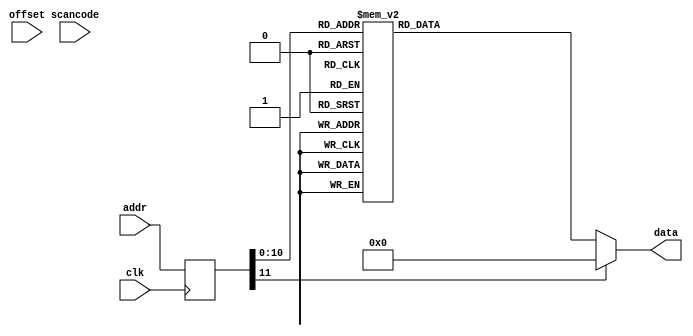
// *************************************************************
// Created by David J. Marion aka FPGA Dude
// A ROM containing patterns for ASCII values.
//
// Non-printable characters 00 - 1f, and 7f
// Printable characters 20 - 7e
//
// Not all character ROMs have been patterned.
// Only numbers, capital letters, some spec chars. 
//		Numbers       30 - 39
//   	Letters       41 - 5a 
//      (smiley face)   01
//		(space)         20
//		   .            2e
// 		   :            3a
//		   |	        7c	
//
// The 7-bit ASCII code for each character is used as
// the MSB of the address. The 4-bit LSB is the row value.
// *************************************************************

module ascii_rom(
	input clk, 
	input wire [11:0] addr,
	input [6:0] offset,
	input [7:0] scancode,
	output reg [7:0] data
	);

	(* rom_style = "block" *)	// Infer BRAM

	reg [11:0] addr_reg;
	
	always @(posedge clk)
		addr_reg <= addr;
		
	always @*
		case(addr_reg)
			// Begin non-printable ASCII characters (00 - 1f)
			// code x00 (nul) null byte, which is the all-zero pattern
			default: data = 8'b00000000; //default
			
						// code x21 (!)
			11'h210: data = 8'b00000000;	//
			11'h211: data = 8'b00000000;	//
			11'h212: data = 8'b00000000;	//
			11'h213: data = 8'b00011000;	//   **
			11'h214: data = 8'b00011000;	//   **
			11'h215: data = 8'b00011000;	//   **
			11'h216: data = 8'b00011000;	//   **
			11'h217: data = 8'b00011000;	//   **
			11'h218: data = 8'b00011000;	//   **
			11'h219: data = 8'b00000000;	//
			11'h21a: data = 8'b00011000;	//   **
			11'h21b: data = 8'b00011000;	//   **
			11'h21c: data = 8'b00000000;	//
			11'h21d: data = 8'b00000000;	//
			11'h21e: data = 8'b00000000;	//
			11'h21f: data = 8'b00000000;
			
			
			// code x30 (0)
			11'h300: data = 8'b00000000;	//
			11'h301: data = 8'b00000000;	//
			11'h302: data = 8'b00111000;	//  ***  
			11'h303: data = 8'b01101100;	// ** **
			11'h304: data = 8'b11000110;	//**   **
			11'h305: data = 8'b11000110;	//**   **
			11'h306: data = 8'b11000110;	//**   **
			11'h307: data = 8'b11000110;	//**   **
			11'h308: data = 8'b11000110;	//**   **
			11'h309: data = 8'b11000110;	//**   **
			11'h30a: data = 8'b01101100;	// ** **
			11'h30b: data = 8'b00111000;	//  ***
			11'h30c: data = 8'b00000000;	//
			11'h30d: data = 8'b00000000;	//
			11'h30e: data = 8'b00000000;	//
			11'h30f: data = 8'b00000000;	//
			// code x31 (1)
			11'h310: data = 8'b00000000;	//
			11'h311: data = 8'b00000000;	//
			11'h312: data = 8'b00011000;	//   **  
			11'h313: data = 8'b00111000;	//  ***
			11'h314: data = 8'b01111000;	// ****
			11'h315: data = 8'b00011000;	//   **
			11'h316: data = 8'b00011000;	//   **
			11'h317: data = 8'b00011000;	//   **
			11'h318: data = 8'b00011000;	//   **
			11'h319: data = 8'b00011000;	//   **
			11'h31a: data = 8'b01111110;	// ******
			11'h31b: data = 8'b01111110;	// ******
			11'h31c: data = 8'b00000000;	//
			11'h31d: data = 8'b00000000;	//
			11'h31e: data = 8'b00000000;	//
			11'h31f: data = 8'b00000000;	//
			// code x32 (2)
			11'h320: data = 8'b00000000;	//
			11'h321: data = 8'b00000000;	//
			11'h322: data = 8'b11111110;	//*******  
			11'h323: data = 8'b11111110;	//*******
			11'h324: data = 8'b00000110;	//     **
			11'h325: data = 8'b00000110;	//     **
			11'h326: data = 8'b11111110;	//*******
			11'h327: data = 8'b11111110;	//*******
			11'h328: data = 8'b11000000;	//**
			11'h329: data = 8'b11000000;	//**
			11'h32a: data = 8'b11111110;	//*******
			11'h32b: data = 8'b11111110;	//*******
			11'h32c: data = 8'b00000000;	//
			11'h32d: data = 8'b00000000;	//
			11'h32e: data = 8'b00000000;	//
			11'h32f: data = 8'b00000000;	//
			// code x33 (3)
			11'h330: data = 8'b00000000;	//
			11'h331: data = 8'b00000000;	//
			11'h332: data = 8'b11111110;	//*******  
			11'h333: data = 8'b11111110;	//*******
			11'h334: data = 8'b00000110;	//     **
			11'h335: data = 8'b00000110;	//     **
			11'h336: data = 8'b00111110;	//  *****
			11'h337: data = 8'b00111110;	//  *****
			11'h338: data = 8'b00000110;	//     **
			11'h339: data = 8'b00000110;	//     **
			11'h33a: data = 8'b11111110;	//*******
			11'h33b: data = 8'b11111110;	//*******
			11'h33c: data = 8'b00000000;	//
			11'h33d: data = 8'b00000000;	//
			11'h33e: data = 8'b00000000;	//
			11'h33f: data = 8'b00000000;	//
			// code x34 (4)
			11'h340: data = 8'b00000000;	//
			11'h341: data = 8'b00000000;	//
			11'h342: data = 8'b11000110;	//**   **  
			11'h343: data = 8'b11000110;	//**   **
			11'h344: data = 8'b11000110;	//**   **
			11'h345: data = 8'b11000110;	//**   **
			11'h346: data = 8'b11111110;	//*******
			11'h347: data = 8'b11111110;	//*******
			11'h348: data = 8'b00000110;	//     **
			11'h349: data = 8'b00000110;	//     **
			11'h34a: data = 8'b00000110;	//     **
			11'h34b: data = 8'b00000110;	//     **
			11'h34c: data = 8'b00000000;	//
			11'h34d: data = 8'b00000000;	//
			11'h34e: data = 8'b00000000;	//
			11'h34f: data = 8'b00000000;	//
			// code x35 (5)
			11'h350: data = 8'b00000000;	//
			11'h351: data = 8'b00000000;	//
			11'h352: data = 8'b11111110;	//*******  
			11'h353: data = 8'b11111110;	//*******
			11'h354: data = 8'b11000000;	//**
			11'h355: data = 8'b11000000;	//**
			11'h356: data = 8'b11111110;	//*******
			11'h357: data = 8'b11111110;	//*******
			11'h358: data = 8'b00000110;	//     **
			11'h359: data = 8'b00000110;	//     **
			11'h35a: data = 8'b11111110;	//*******
			11'h35b: data = 8'b11111110;	//*******
			11'h35c: data = 8'b00000000;	//
			11'h35d: data = 8'b00000000;	//
			11'h35e: data = 8'b00000000;	//
			11'h35f: data = 8'b00000000;	//
			// code x36 (6)
			11'h360: data = 8'b00000000;	//
			11'h361: data = 8'b00000000;	//
			11'h362: data = 8'b11111110;	//*******  
			11'h363: data = 8'b11111110;	//*******
			11'h364: data = 8'b11000000;	//**
			11'h365: data = 8'b11000000;	//**
			11'h366: data = 8'b11111110;	//*******
			11'h367: data = 8'b11111110;	//*******
			11'h368: data = 8'b11000110;	//**   **
			11'h369: data = 8'b11000110;	//**   **
			11'h36a: data = 8'b11111110;	//*******
			11'h36b: data = 8'b11111110;	//*******
			11'h36c: data = 8'b00000000;	//
			11'h36d: data = 8'b00000000;	//
			11'h36e: data = 8'b00000000;	//
			11'h36f: data = 8'b00000000;	//
			// code x37 (7)
			11'h370: data = 8'b00000000;	//
			11'h371: data = 8'b00000000;	//
			11'h372: data = 8'b11111110;	//*******  
			11'h373: data = 8'b11111110;	//*******
			11'h374: data = 8'b00000110;	//     **
			11'h375: data = 8'b00000110;	//     **
			11'h376: data = 8'b00000110;	//     **
			11'h377: data = 8'b00000110;	//     **
			11'h378: data = 8'b00000110;	//     **
			11'h379: data = 8'b00000110;	//     **
			11'h37a: data = 8'b00000110;	//     **
			11'h37b: data = 8'b00000110;	//     **
			11'h37c: data = 8'b00000000;	//
			11'h37d: data = 8'b00000000;	//
			11'h37e: data = 8'b00000000;	//
			11'h37f: data = 8'b00000000;	//
			// code x38 (8)
			11'h380: data = 8'b00000000;	//
			11'h381: data = 8'b00000000;	//
			11'h382: data = 8'b11111110;	//*******  
			11'h383: data = 8'b11111110;	//*******
			11'h384: data = 8'b11000110;	//**   **
			11'h385: data = 8'b11000110;	//**   **
			11'h386: data = 8'b11111110;	//*******
			11'h387: data = 8'b11111110;	//*******
			11'h388: data = 8'b11000110;	//**   **
			11'h389: data = 8'b11000110;	//**   **
			11'h38a: data = 8'b11111110;	//*******
			11'h38b: data = 8'b11111110;	//*******
			11'h38c: data = 8'b00000000;	//
			11'h38d: data = 8'b00000000;	//
			11'h38e: data = 8'b00000000;	//
			11'h38f: data = 8'b00000000;	//
			// code x39 (9)
			11'h390: data = 8'b00000000;	//
			11'h391: data = 8'b00000000;	//
			11'h392: data = 8'b11111110;	//*******  
			11'h393: data = 8'b11111110;	//*******
			11'h394: data = 8'b11000110;	//**   **
			11'h395: data = 8'b11000110;	//**   **
			11'h396: data = 8'b11111110;	//*******
			11'h397: data = 8'b11111110;	//*******
			11'h398: data = 8'b00000110;	//     **
			11'h399: data = 8'b00000110;	//     **
			11'h39a: data = 8'b11111110;	//*******
			11'h39b: data = 8'b11111110;	//*******
			11'h39c: data = 8'b00000000;	//
			11'h39d: data = 8'b00000000;	//
			11'h39e: data = 8'b00000000;	//
			11'h39f: data = 8'b00000000;	//
			
			// code x41 (A)
			11'h410: data = 8'b00000000;	//
			11'h411: data = 8'b00000000;	//
			11'h412: data = 8'b00010000;	//   *
			11'h413: data = 8'b00111000;	//  ***
			11'h414: data = 8'b01101100;	// ** **   
			11'h415: data = 8'b11000110;	//**   **   
			11'h416: data = 8'b11000110;	//**   **
			11'h417: data = 8'b11111110;	//*******
			11'h418: data = 8'b11111110;	//*******
			11'h419: data = 8'b11000110;	//**   **
			11'h41a: data = 8'b11000110;	//**   **
			11'h41b: data = 8'b11000110;	//**   **
			11'h41c: data = 8'b00000000;	//
			11'h41d: data = 8'b00000000;	//
			11'h41e: data = 8'b00000000;	//
			11'h41f: data = 8'b00000000;	//
			
			// code x42 (B)
			11'h420: data = 8'b00000000;	//
			11'h421: data = 8'b00000000;	//
			11'h422: data = 8'b11111100;	//******
			11'h423: data = 8'b11111110;	//*******
			11'h424: data = 8'b11000110;	//**   **
			11'h425: data = 8'b11000110;	//**   **   
			11'h426: data = 8'b11111100;	//******
			11'h427: data = 8'b11111100;	//******
			11'h428: data = 8'b11000110;	//**   **
			11'h429: data = 8'b11000110;	//**   **
			11'h42a: data = 8'b11111110;	//*******
			11'h42b: data = 8'b11111100;	//******
			11'h42c: data = 8'b00000000;	//
			11'h42d: data = 8'b00000000;	//
			11'h42e: data = 8'b00000000;	//
			11'h42f: data = 8'b00000000;	//
			
			// code x45 (E)
			11'h450: data = 8'b00000000;	//
			11'h451: data = 8'b00000000;	//
			11'h452: data = 8'b11111110;	//*******
			11'h453: data = 8'b11111110;	//*******
			11'h454: data = 8'b11000000;	//**
			11'h455: data = 8'b11000000;	//**   
			11'h456: data = 8'b11111100;	//******
			11'h457: data = 8'b11111100;	//******
			11'h458: data = 8'b11000000;	//** 
			11'h459: data = 8'b11000000;	//** 
			11'h45a: data = 8'b11111110;	//*******
			11'h45b: data = 8'b11111110;	//*******
			11'h45c: data = 8'b00000000;	//
			11'h45d: data = 8'b00000000;	//
			11'h45e: data = 8'b00000000;	//
			11'h45f: data = 8'b00000000;	//
			
			// code x47 (G)
			11'h470: data = 8'b00000000;	//
			11'h471: data = 8'b00000000;	//
			11'h472: data = 8'b01111100;	// *****
			11'h473: data = 8'b11111110;	//*******
			11'h474: data = 8'b11000000;	//**
			11'h475: data = 8'b11000000;	//**   
			11'h476: data = 8'b11111110;	//*******
			11'h477: data = 8'b11111110;	//*******
			11'h478: data = 8'b11000110;	//**   **
			11'h479: data = 8'b11000110;	//**   **
			11'h47a: data = 8'b11111110;	//*******
			11'h47b: data = 8'b01110110;	// *** **
			11'h47c: data = 8'b00000000;	//
			11'h47d: data = 8'b00000000;	//
			11'h47e: data = 8'b00000000;	//
			11'h47f: data = 8'b00000000;	//
			
						// code x48 (H)
			11'h480: data = 8'b00000000;	//
			11'h481: data = 8'b00000000;	//
			11'h482: data = 8'b11000110;	//**   **
			11'h483: data = 8'b11000110;	//**   **
			11'h484: data = 8'b11000110;	//**   **
			11'h485: data = 8'b11000110;	//**   **
			11'h486: data = 8'b11111110;	//*******
			11'h487: data = 8'b11111110;	//*******
			11'h488: data = 8'b11000110;	//**   **
			11'h489: data = 8'b11000110;	//**   **
			11'h48a: data = 8'b11000110;	//**   **
			11'h48b: data = 8'b11000110;	//**   **
			11'h48c: data = 8'b00000000;	//
			11'h48d: data = 8'b00000000;	//
			11'h48e: data = 8'b00000000;	//
			11'h48f: data = 8'b00000000;	//
			// code x49 (I)
			11'h490: data = 8'b00000000;	//
			11'h491: data = 8'b00000000;	//
			11'h492: data = 8'b11111110;	//*******
			11'h493: data = 8'b11111110;	//*******
			11'h494: data = 8'b00110000;	//  **
			11'h495: data = 8'b00110000;	//  **
			11'h496: data = 8'b00110000;	//  **
			11'h497: data = 8'b00110000;	//  **
			11'h498: data = 8'b00110000;	//  **
			11'h499: data = 8'b00110000;	//  **
			11'h49a: data = 8'b11111110;	//*******
			11'h49b: data = 8'b11111110;	//*******
			11'h49c: data = 8'b00000000;	//
			11'h49d: data = 8'b00000000;	//
			11'h49e: data = 8'b00000000;	//
			11'h49f: data = 8'b00000000;	//
			
			// code x4c (L)
			11'h4c0: data = 8'b00000000;	//
			11'h4c1: data = 8'b00000000;	//
			11'h4c2: data = 8'b11000000;	//**
			11'h4c3: data = 8'b11000000;	//**
			11'h4c4: data = 8'b11000000;	//**
			11'h4c5: data = 8'b11000000;	//**
			11'h4c6: data = 8'b11000000;	//**
			11'h4c7: data = 8'b11000000;	//**
			11'h4c8: data = 8'b11000000;	//**
			11'h4c9: data = 8'b11000000;	//**
			11'h4ca: data = 8'b11111110;	//*******
			11'h4cb: data = 8'b11111110;	//*******
			11'h4cc: data = 8'b00000000;	//
			11'h4cd: data = 8'b00000000;	//
			11'h4ce: data = 8'b00000000;	//
			11'h4cf: data = 8'b00000000;	//
			
			// code x4d (M)
			11'h4d0: data = 8'b00000000;	//
			11'h4d1: data = 8'b00000000;	//
			11'h4d2: data = 8'b11000110;	//**   **
			11'h4d3: data = 8'b11000110;	//**   **
			11'h4d4: data = 8'b11101110;	//*** ***
			11'h4d5: data = 8'b11111110;	//*******
			11'h4d6: data = 8'b11010110;	//** * **
			11'h4d7: data = 8'b11000110;	//**   **
			11'h4d8: data = 8'b11000110;	//**   **
			11'h4d9: data = 8'b11000110;	//**   **
			11'h4da: data = 8'b11000110;	//**   **
			11'h4db: data = 8'b11000110;	//**   **
			11'h4dc: data = 8'b00000000;	//
			11'h4dd: data = 8'b00000000;	//
			11'h4de: data = 8'b00000000;	//
			11'h4df: data = 8'b00000000;	//
			
			// code x4e (N)
			11'h4e0: data = 8'b00000000;	//
			11'h4e1: data = 8'b00000000;	//
			11'h4e2: data = 8'b11000110;	//**   **
			11'h4e3: data = 8'b11000110;	//**   **
			11'h4e4: data = 8'b11100110;	//***  **
			11'h4e5: data = 8'b11110110;	//**** **
			11'h4e6: data = 8'b11111110;	//*******
			11'h4e7: data = 8'b11011110;	//** ****
			11'h4e8: data = 8'b11001110;	//**  ***
			11'h4e9: data = 8'b11000110;	//**   **
			11'h4ea: data = 8'b11000110;	//**   **
			11'h4eb: data = 8'b11000110;	//**   **
			11'h4ec: data = 8'b00000000;	//
			11'h4ed: data = 8'b00000000;	//
			11'h4ee: data = 8'b00000000;	//
			11'h4ef: data = 8'b00000000;	//
			
			// code x4f (O)
			11'h4f0: data = 8'b00000000;	//
			11'h4f1: data = 8'b00000000;	//
			11'h4f2: data = 8'b01111100;	// *****
			11'h4f3: data = 8'b11111110;	//*******
			11'h4f4: data = 8'b11000110;	//**   **
			11'h4f5: data = 8'b11000110;	//**   **
			11'h4f6: data = 8'b11000110;	//**   **
			11'h4f7: data = 8'b11000110;	//**   **
			11'h4f8: data = 8'b11000110;	//**   **
			11'h4f9: data = 8'b11000110;	//**   **
			11'h4fa: data = 8'b11111110;	//*******
			11'h4fb: data = 8'b01111100;	// *****
			11'h4fc: data = 8'b00000000;	//
			11'h4fd: data = 8'b00000000;	//
			11'h4fe: data = 8'b00000000;	//
			11'h4ff: data = 8'b00000000;	//
			
			// code x50 (P)
			11'h500: data = 8'b00000000;	//
			11'h501: data = 8'b00000000;	//
			11'h502: data = 8'b11111100;	//******
			11'h503: data = 8'b11111110;	//*******
			11'h504: data = 8'b11000110;	//**   **
			11'h505: data = 8'b11000110;	//**   **
			11'h506: data = 8'b11111110;	//*******
			11'h507: data = 8'b11111100;	//******   
			11'h508: data = 8'b11000000;	//**   
			11'h509: data = 8'b11000000;	//**   
			11'h50a: data = 8'b11000000;	//**
			11'h50b: data = 8'b11000000;	//**
			11'h50c: data = 8'b00000000;	//
			11'h50d: data = 8'b00000000;	//
			11'h50e: data = 8'b00000000;	//
			11'h50f: data = 8'b00000000;	//
			
			// code x52 (R)
			11'h520: data = 8'b00000000;	//
			11'h521: data = 8'b00000000;	//
			11'h522: data = 8'b11111100;	//******
			11'h523: data = 8'b11111110;	//*******
			11'h524: data = 8'b11000110;	//**   **
			11'h525: data = 8'b11000110;	//**   **
			11'h526: data = 8'b11111110;	//*******
			11'h527: data = 8'b11111100;	//******   
			11'h528: data = 8'b11011000;	//** **  
			11'h529: data = 8'b11001100;	//**  ** 
			11'h52a: data = 8'b11000110;	//**   **
			11'h52b: data = 8'b11000110;	//**   **
			11'h52c: data = 8'b00000000;	//
			11'h52d: data = 8'b00000000;	//
			11'h52e: data = 8'b00000000;	//
			11'h52f: data = 8'b00000000;	//
			
			// code x53 (S)
			11'h530: data = 8'b00000000;	//
			11'h531: data = 8'b00000000;	//
			11'h532: data = 8'b01111100;	// *****
			11'h533: data = 8'b11111110;	//*******
			11'h534: data = 8'b11000000;	//**   
			11'h535: data = 8'b11000000;	//**   
			11'h536: data = 8'b11111100;	//******
			11'h537: data = 8'b01111110;	// ******   
			11'h538: data = 8'b00000110;	//     **  
			11'h539: data = 8'b00000110;	//     **
			11'h53a: data = 8'b11111110;	//*******  
			11'h53b: data = 8'b01111100;	// ***** 
			11'h53c: data = 8'b00000000;	//
			11'h53d: data = 8'b00000000;	//
			11'h53e: data = 8'b00000000;	//
			11'h53f: data = 8'b00000000;	//
			
			// code x56 (V)
			11'h560: data = 8'b00000000;	//
			11'h561: data = 8'b00000000;	//
			11'h562: data = 8'b11000110;	//**   **
			11'h563: data = 8'b11000110;	//**   **
			11'h564: data = 8'b11000110;	//**   **
			11'h565: data = 8'b11000110;	//**   **
			11'h566: data = 8'b11000110;	//**   **
			11'h567: data = 8'b11000110;	//**   **
			11'h568: data = 8'b11000110;	//**   **
			11'h569: data = 8'b01101100;	// ** **
			11'h56a: data = 8'b00111000;	//  ***  
			11'h56b: data = 8'b00010000;	//   * 
			11'h56c: data = 8'b00000000;	//
			11'h56d: data = 8'b00000000;	//
			11'h56e: data = 8'b00000000;	//
			11'h56f: data = 8'b00000000;	//
			
			// code x57 (W)
			11'h570: data = 8'b00000000;	//
			11'h571: data = 8'b00000000;	//
			11'h572: data = 8'b11000110;	//**   **
			11'h573: data = 8'b11000110;	//**   **
			11'h574: data = 8'b11000110;	//**   **
			11'h575: data = 8'b11000110;	//**   **
			11'h576: data = 8'b11000110;	//**   **
			11'h577: data = 8'b11000110;	//**   **
			11'h578: data = 8'b11010110;	//** * **
			11'h579: data = 8'b11111110;	//*******
			11'h57a: data = 8'b11101110;	//*** ***  
			11'h57b: data = 8'b11000110;	//**   **
			11'h57c: data = 8'b00000000;	//
			11'h57d: data = 8'b00000000;	//
			11'h57e: data = 8'b00000000;	//
			11'h57f: data = 8'b00000000;	//
			
			// code x59 (Y)
			11'h590: data = 8'b00000000;	//
			11'h591: data = 8'b00000000;	//
			11'h592: data = 8'b11000110;	//**   **
			11'h593: data = 8'b11000110;	//**   **
			11'h594: data = 8'b01101100;	// ** ** 
			11'h595: data = 8'b00111000;	//  ***
			11'h596: data = 8'b00011000;	//   ** 
			11'h597: data = 8'b00011000;	//   **
			11'h598: data = 8'b00011000;	//   **
			11'h599: data = 8'b00011000;	//   **
			11'h59a: data = 8'b00011000;	//   **  
			11'h59b: data = 8'b00011000;	//   **
			11'h59c: data = 8'b00000000;	//
			11'h59d: data = 8'b00000000;	//
			11'h59e: data = 8'b00000000;	//
			11'h59f: data = 8'b00000000;	//
		endcase
endmodule